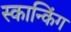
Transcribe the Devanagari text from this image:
स्कान्किंग